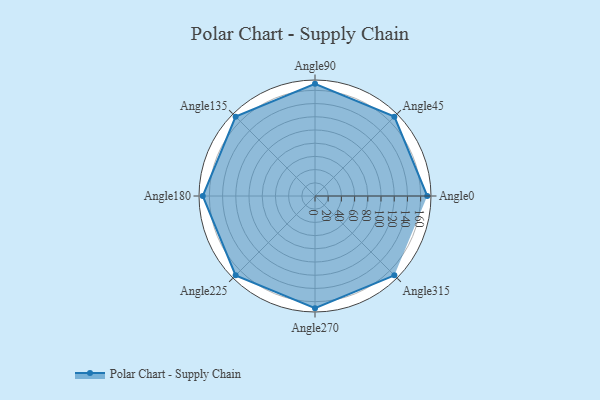
{"axis": {"x": "Angle", "y": "Radius"}, "legend": [""], "data": [{"x": "Angle0", "y": 170.0, "type": ""}, {"x": "Angle45", "y": 170, "type": ""}, {"x": "Angle90", "y": 170, "type": ""}, {"x": "Angle135", "y": 170, "type": ""}, {"x": "Angle180", "y": 170, "type": ""}, {"x": "Angle225", "y": 170, "type": ""}, {"x": "Angle270", "y": 170, "type": ""}, {"x": "Angle315", "y": 170, "type": ""}]}